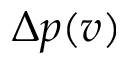
\Delta p ( v )